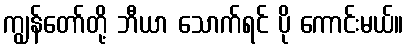
ကျွန်တော်တို့ ဘီယာ သောက်ရင် ပို ကောင်းမယ်။